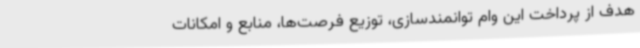
هدف از پرداخت این وام توانمندسازی، توزیع فرصت‌ها، منابع و امکانات